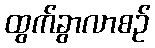
ထွက်ခွာလာစဉ်